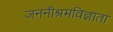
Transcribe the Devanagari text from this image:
जननीश्रमविज्ञाता